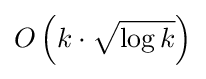
O\left(k\cdot {\sqrt {\log k}}\right)